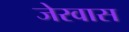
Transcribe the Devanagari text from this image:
जेरवास